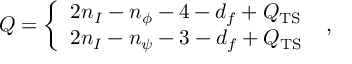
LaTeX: Q = \left\{ \begin{array} { c } { { 2 n _ { I } - n _ { \phi } - 4 - d _ { f } + Q _ { \mathrm { T S } } } } \\ { { 2 n _ { I } - n _ { \psi } - 3 - d _ { f } + Q _ { \mathrm { T S } } } } \end{array} \right. \ ,